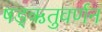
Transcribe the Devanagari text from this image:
षड्‌ऋतुवर्णन